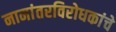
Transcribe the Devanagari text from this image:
नामांतरविरोधकांचे